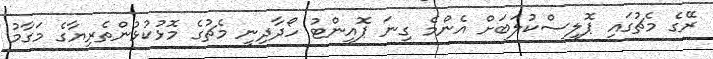
ރޭގެ މެޗުގައި ޕޮލިސްކުލަބަށް އެންމެ ގިނަ ޕޮއިންޓު ހޯދާދިނީ މެޗުގެ މޮޅުކުޅުންތެރިޔާގެ މަގާމު